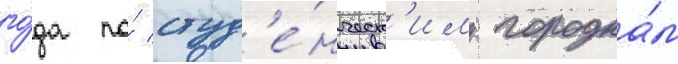
го́да по́ студ'е́нческ'им городка́м